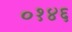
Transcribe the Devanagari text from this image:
०१४६